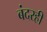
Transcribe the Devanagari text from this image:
बंदरही